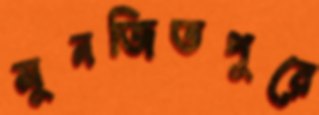
মুনজিতপুরে